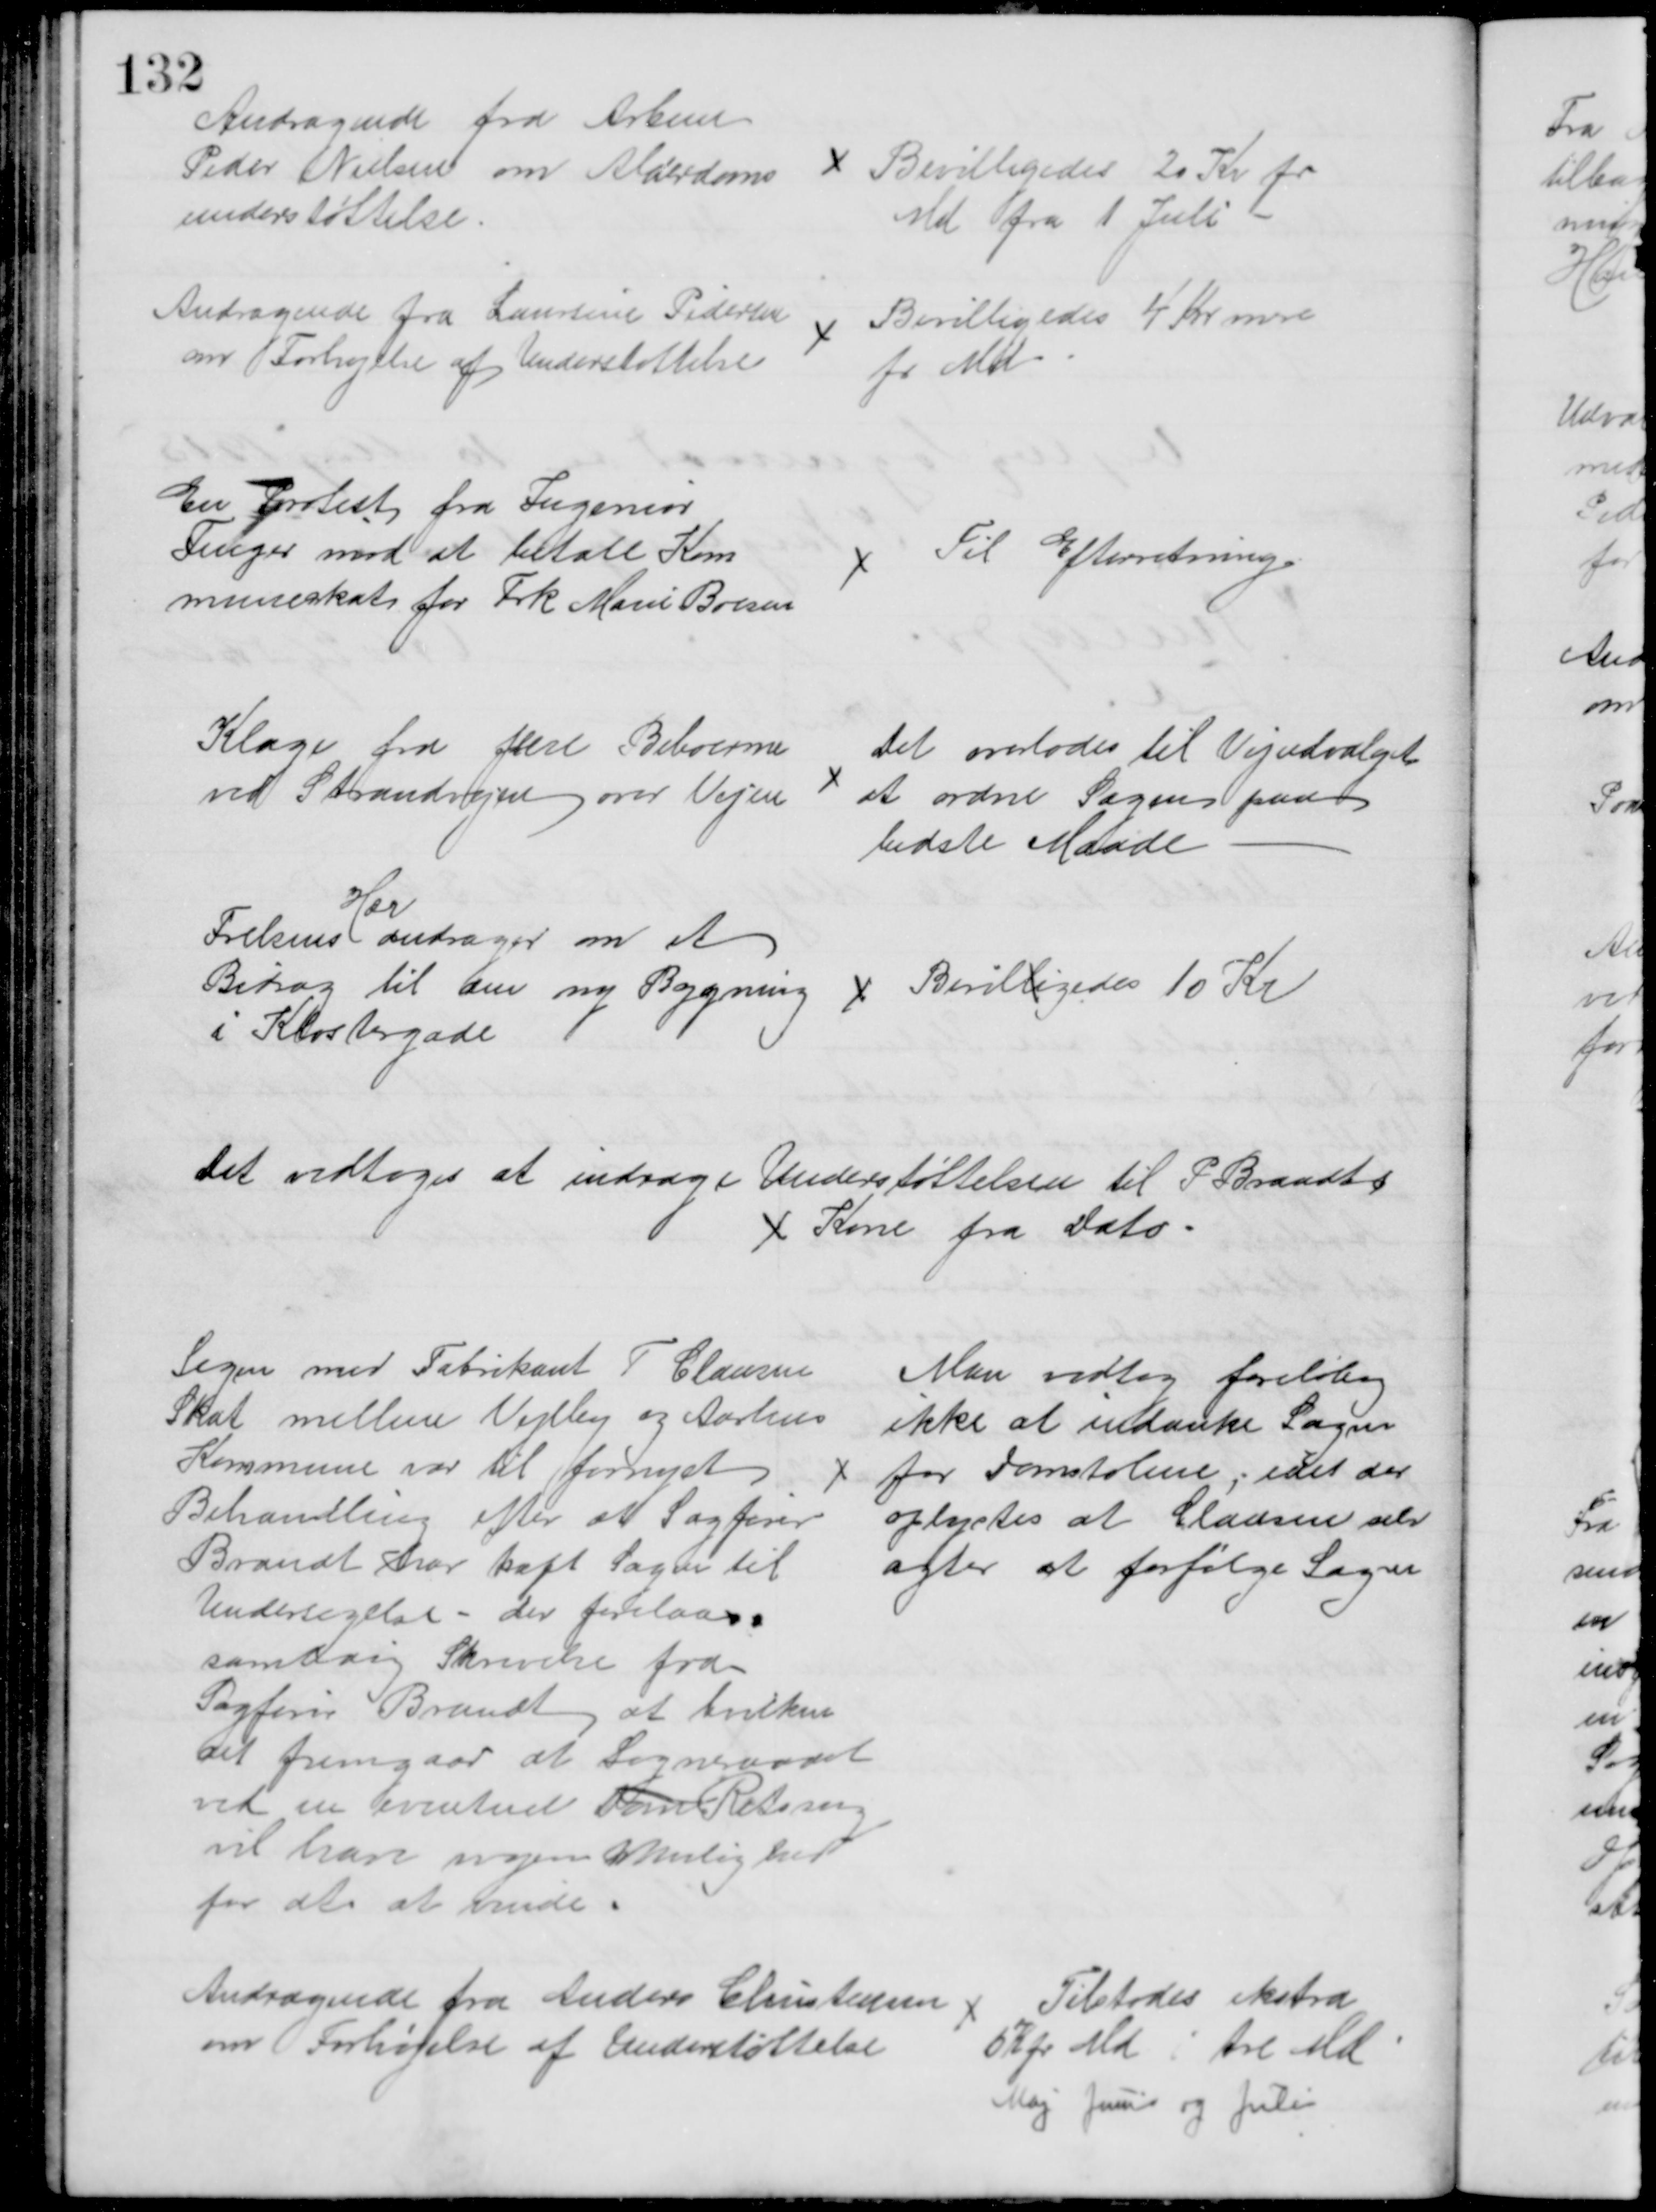
Transskription:
Andragende fra Arbmd
Peder Nielsen om Alderdoms 
understøttelse
Bevilligedes 20 Kr pr
Md fra 1 Juli
Andragende fra Laursine Pedersen
om Forhøjelse af Understøttelse
Bevilligedes 4 Kr mere
pr Md
En Protest fra Ingeniør
Fenger mod at betale Kom
muneskat for Frk Marie Boesen
Til Efterretning
Klage fra flere Beboerne
ved Strandvejen over Vejen
Det overlodes til Vejudvalget
at ordne Sagen paa
bedste Maade
Frelsens 
Hær
andrager om et
Bidrag til den ny Bygning
i Klostergade
Bevilligedes 10 Kr
Det vedtoges at indrage Understøttelsen til P Brandts
Kone fra Dato
Sagen med Fabrikant T. Clausen
Skat mellem Vejlby og Aarhus
Kommune var til fornyet
Behandling efter at Sagfører
Brandt har haft Sagen til
Undersøgelse - der forelaas
samtidig Skrivelse fra
Sagfører Brandt at hvilken
det fremgaar at Sogneraadet
ved en eventuel Dom Retsag
vil have nogen Mulighed
for at at vinde
Man vedtog foreløbig
ikke at indanke Sagen
for Domstolene; idet der
oplystes at Clausen selv
agter at forfølge Sagen
Andragende fra Anders Christensen
om Forhøjelse af Understøttelse
Tilstodes ekstra
6 K pr Md i tre Md
Maj Juni og Juli